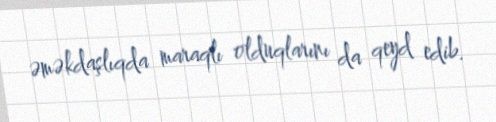
əməkdaşlıqda maraqlı olduqlarını da qeyd edib.